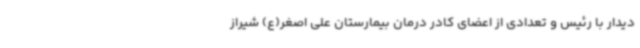
دیدار با رئیس و تعدادی از اعضای کادر درمان بیمارستان علی اصغر(ع) شیراز